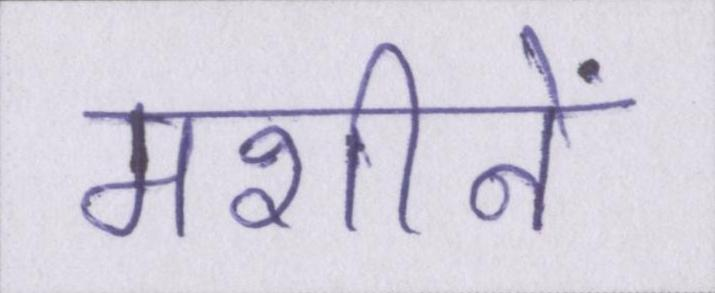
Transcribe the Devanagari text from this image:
मशीनें